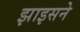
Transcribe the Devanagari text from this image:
झाइसने